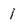
Character: 1